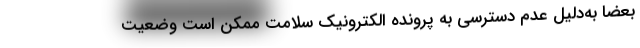
بعضاً به‌دلیل عدم دسترسی به پرونده الکترونیک سلامت ممکن است وضعیت